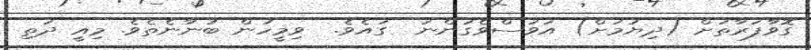
ގޮވާފަރާތަށް (ދިޔުމަށް) އަވަސްވެގަންނަ  ގައެވެ.  ވިމީހުން ބުނާނެތެވެ. މިއީ ދަތި